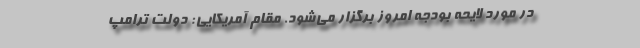
در مورد لایحه بودجه امروز برگزار می‌شود. مقام آمریکایی: دولت ترامپ